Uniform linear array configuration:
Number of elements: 24
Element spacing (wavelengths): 1
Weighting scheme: binomial
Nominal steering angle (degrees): -45
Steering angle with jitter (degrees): -44.839
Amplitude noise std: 0.05
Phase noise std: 0.05

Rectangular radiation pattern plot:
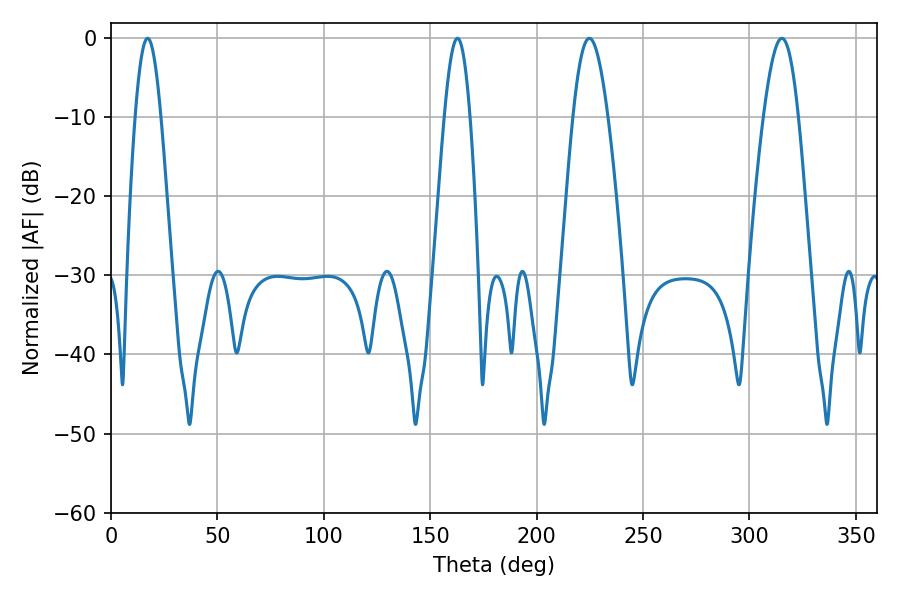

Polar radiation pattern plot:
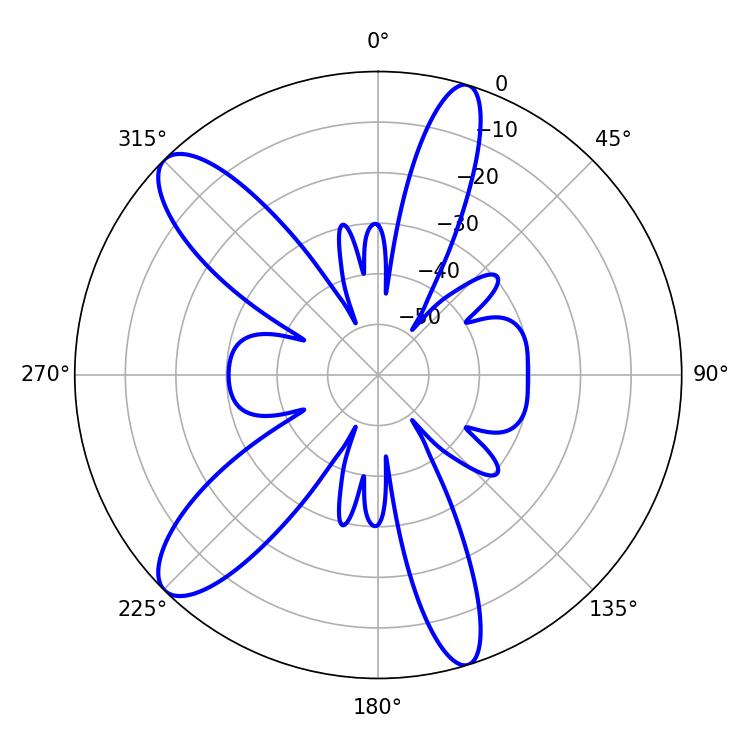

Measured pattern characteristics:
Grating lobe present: TRUE
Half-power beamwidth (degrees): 8.82
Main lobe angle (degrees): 224.82